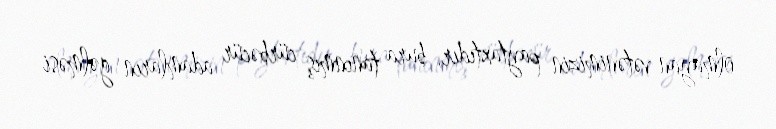
olmayan vətənimizin paytaxtıdır, bura tanınmış cürbəcür adamların gəlməsi